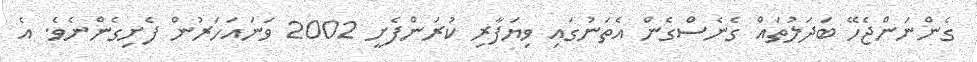
ގެންނަންޖެހޭ ބަދަލުތައް ގެނެސްގެން އެތަނުގައި ވިޔަފާރި ކުރަންފެށީ 2002 ވަނައަހަރުން ފެށިގެންނެވެ. އެ